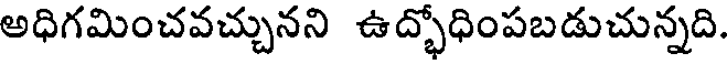
అధిగమించవచ్చునని ఉద్భోధింపబడుచున్నది.